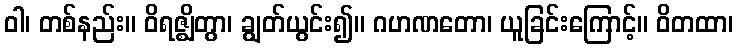
ဝါ၊ တစ်နည်း။ ဝိရဇ္ဈိတွာ၊ ချွတ်ယွင်း၍။ ဂဟဏတော၊ ယူခြင်းကြောင့်။ ဝိတထာ၊